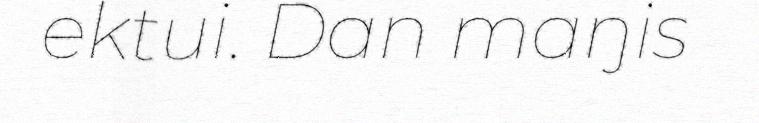
ektui. Dan maŋis